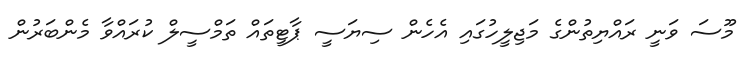
މޫސަ ވަނީ ރައްޔިތުންގެ މަޖިލީހުގައި އެހެން ސިޔަސީ ޕާޓީތައް ތަމްސީލް ކުރައްވާ މެންބަރުން